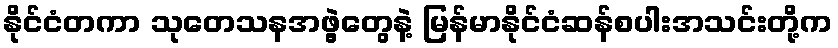
နိုင်ငံတကာ သုတေသနအဖွဲ့တွေနဲ့ မြန်မာနိုင်ငံဆန်စပါးအသင်းတို့က